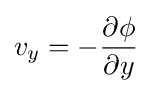
v_{y}=-{\frac {\partial \phi }{\partial y}}